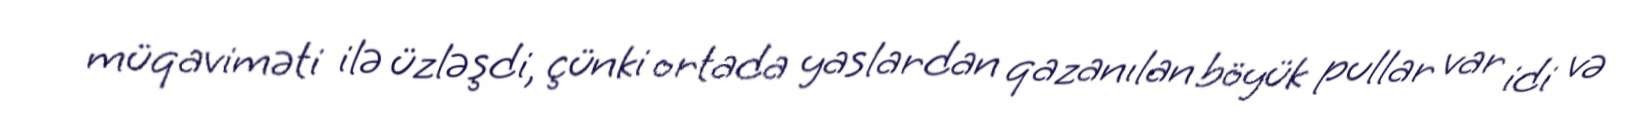
müqaviməti ilə üzləşdi, çünki ortada yaslardan qazanılan böyük pullar var idi və